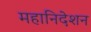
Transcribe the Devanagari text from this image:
महानिदेशन